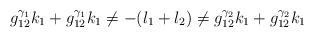
\begin{align*}g_{12}^{\gamma_1} k_1 + g_{12}^{\gamma_1} k_1 \neq - (l_1 + l_2) \neq g_{12}^{\gamma_2} k_1 + g_{12}^{\gamma_2} k_1\end{align*}